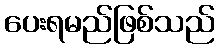
ပေးရမည်ဖြစ်သည်